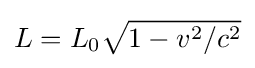
L=L_{0}{\sqrt {1-v^{2}/c^{2}}}